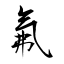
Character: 氟